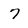
Character: 7